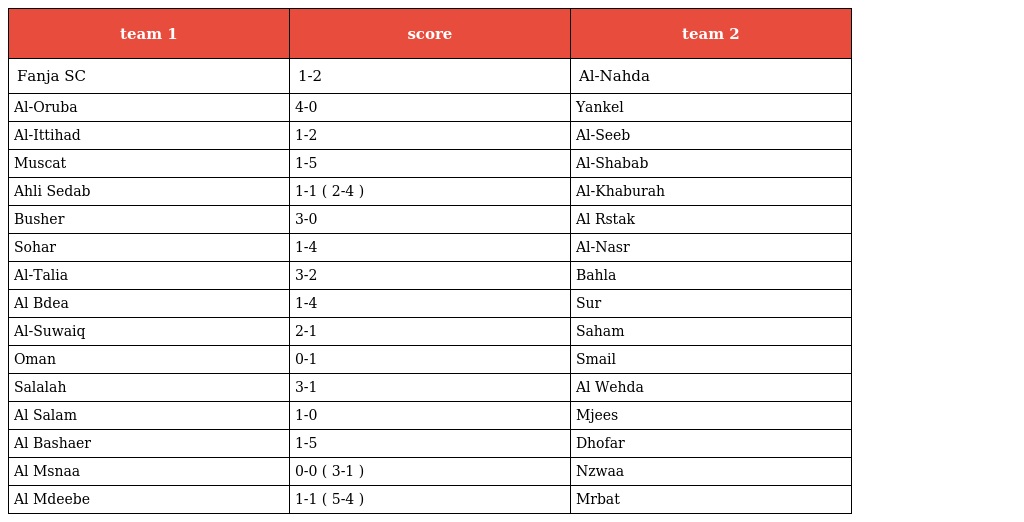
| team 1 | score | team 2 |
 | --- | --- | --- |
 | Fanja SC | 1-2 | Al-Nahda |
 | Al-Oruba | 4-0 | Yankel |
 | Al-Ittihad | 1-2 | Al-Seeb |
 | Muscat | 1-5 | Al-Shabab |
 | Ahli Sedab | 1-1 ( 2-4 ) | Al-Khaburah |
 | Busher | 3-0 | Al Rstak |
 | Sohar | 1-4 | Al-Nasr |
 | Al-Talia | 3-2 | Bahla |
 | Al Bdea | 1-4 | Sur |
 | Al-Suwaiq | 2-1 | Saham |
 | Oman | 0-1 | Smail |
 | Salalah | 3-1 | Al Wehda |
 | Al Salam | 1-0 | Mjees |
 | Al Bashaer | 1-5 | Dhofar |
 | Al Msnaa | 0-0 ( 3-1 ) | Nzwaa |
 | Al Mdeebe | 1-1 ( 5-4 ) | Mrbat |